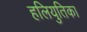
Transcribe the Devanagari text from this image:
हलियुतिका